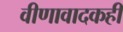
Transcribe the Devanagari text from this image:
वीणावादकही